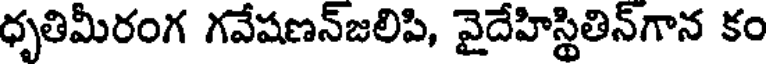
ధృతిమీరంగ గవేషణన్జలిపి, వైదేహిస్థితిన్గాన కం